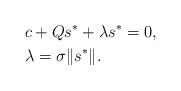
LaTeX: \begin{align*}& c + Qs^* + \lambda s^* = 0, \\& \lambda = \sigma\|s^*\|. \end{align*}